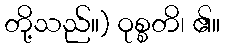
တို့သည်။) ဝုစ္စတိ၊ ၏။